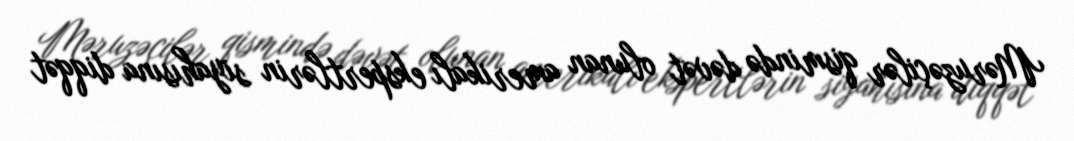
Məruzəçilər qismində dəvət olunan amerikalı ekspertlərin siyahısına diqqət